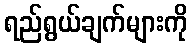
ရည်ရွယ်ချက်များကို